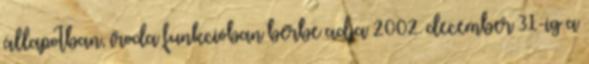
állapotban, iroda funkcióban bérbe adja 2002. december 31-ig a